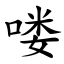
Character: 喽